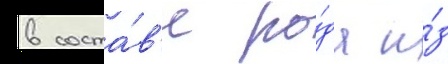
в соста́в'е ро́да и́з